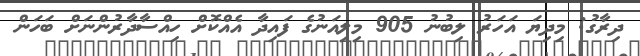
ދިރާގު: މިދިޔަ އަހަރު ލިބުނު 905 މިލިއަނުގެ ފައިދާ އެއްކޮށް ހިއްސާދާރުންނަށް ބަހަން